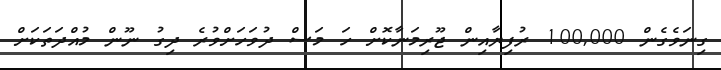
ގިނަވެގެން 100